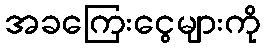
အခကြေးငွေများကို